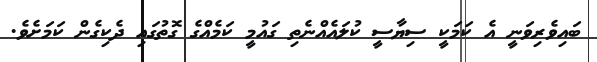
ބައިވެރިވަނީ އެ ކަމަކީ ސިޔާސީ ކުލައެއްނެތި ގައުމީ ކަމެއްގެ ގޮތުގައި ދެކިގެން ކަމަށެވެ.